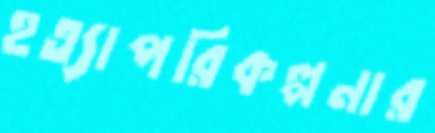
হত্যাপরিকল্পনার